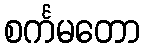
စင်္ကမတော